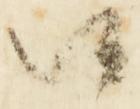
候